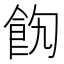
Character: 䬨